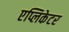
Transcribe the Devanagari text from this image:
एप्लिकेटर